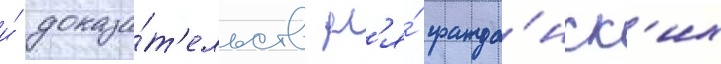
и́ доказа́т'ельств дл'я́ гражда́нск'их